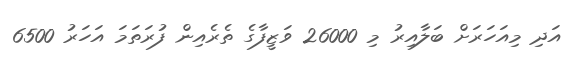
އަދި މިއަހަރަށް ބަލާއިރު މި 26000 ވަޒީފާގެ ތެރެއިން ފުރަތަމަ އަހަރު 6500